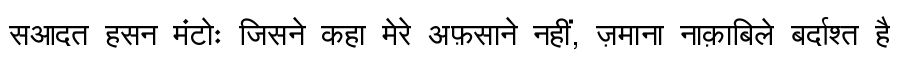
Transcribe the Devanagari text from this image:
सआदत हसन मंटोः जिसने कहा मेरे अफ़साने नहीं, ज़माना नाक़ाबिले बर्दाश्त है